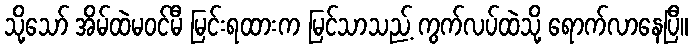
သို့သော် အိမ်ထဲမဝင်မီ မြင်းရထားက မြင်သာသည့် ကွက်လပ်ထဲသို့ ရောက်လာနေပြီ။